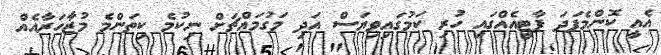
އެއީ ކޮންމެފަދަ ޕާޓީއެއްގައި ހުރި ކަމުގައިވިޔަސް އަދި މަގުމައްޗަށް ނިކުމެ ކިތަންމެ މުޒާހަރާއެއް